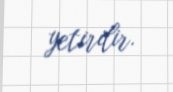
yetirilir.